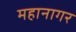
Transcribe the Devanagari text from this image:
महानागर